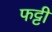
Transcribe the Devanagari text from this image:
फट्टी